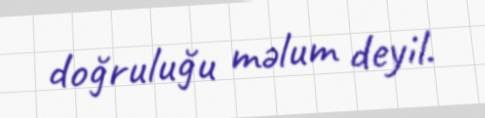
doğruluğu məlum deyil.